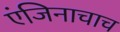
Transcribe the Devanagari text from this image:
एंजिनाचाच